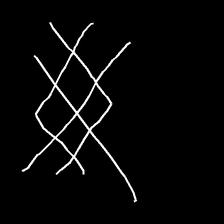
Glyph: crystal